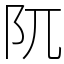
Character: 阢